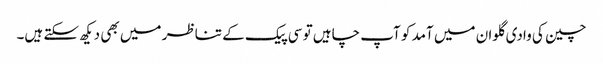
چین کی وادی گلوان میں آمد کو آپ چاہیں تو سی پیک کے تناظر میں بھی دیکھ سکتے ہیں۔